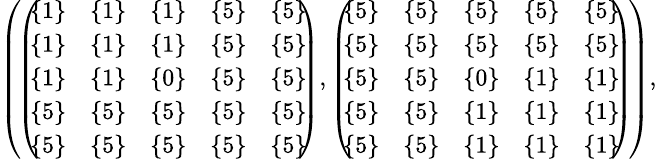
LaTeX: \begin{array}{r}{\small{\left(\! \left(\! \! \begin{array}{ccccc}{\{ 1\} }&{\{ 1\} }&{\{ 1\} }&{\{ 5\} }&{\{ 5\} }\\ {\{ 1\} }&{\{ 1\} }&{\{ 1\} }&{\{ 5\} }&{\{ 5\} }\\ {\{ 1\} }&{\{ 1\} }&{\{ 0\} }&{\{ 5\} }&{\{ 5\} }\\ {\{ 5\} }&{\{ 5\} }&{\{ 5\} }&{\{ 5\} }&{\{ 5\} }\\ {\{ 5\} }&{\{ 5\} }&{\{ 5\} }&{\{ 5\} }&{\{ 5\} }\end{array}\! \! \right),\left(\! \! \begin{array}{ccccc}{\{ 5\} }&{\{ 5\} }&{\{ 5\} }&{\{ 5\} }&{\{ 5\} }\\ {\{ 5\} }&{\{ 5\} }&{\{ 5\} }&{\{ 5\} }&{\{ 5\} }\\ {\{ 5\} }&{\{ 5\} }&{\{ 0\} }&{\{ 1\} }&{\{ 1\} }\\ {\{ 5\} }&{\{ 5\} }&{\{ 1\} }&{\{ 1\} }&{\{ 1\} }\\ {\{ 5\} }&{\{ 5\} }&{\{ 1\} }&{\{ 1\} }&{\{ 1\} }\end{array}\! \! \right)\! \right),}}\end{array}